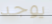
يوجد